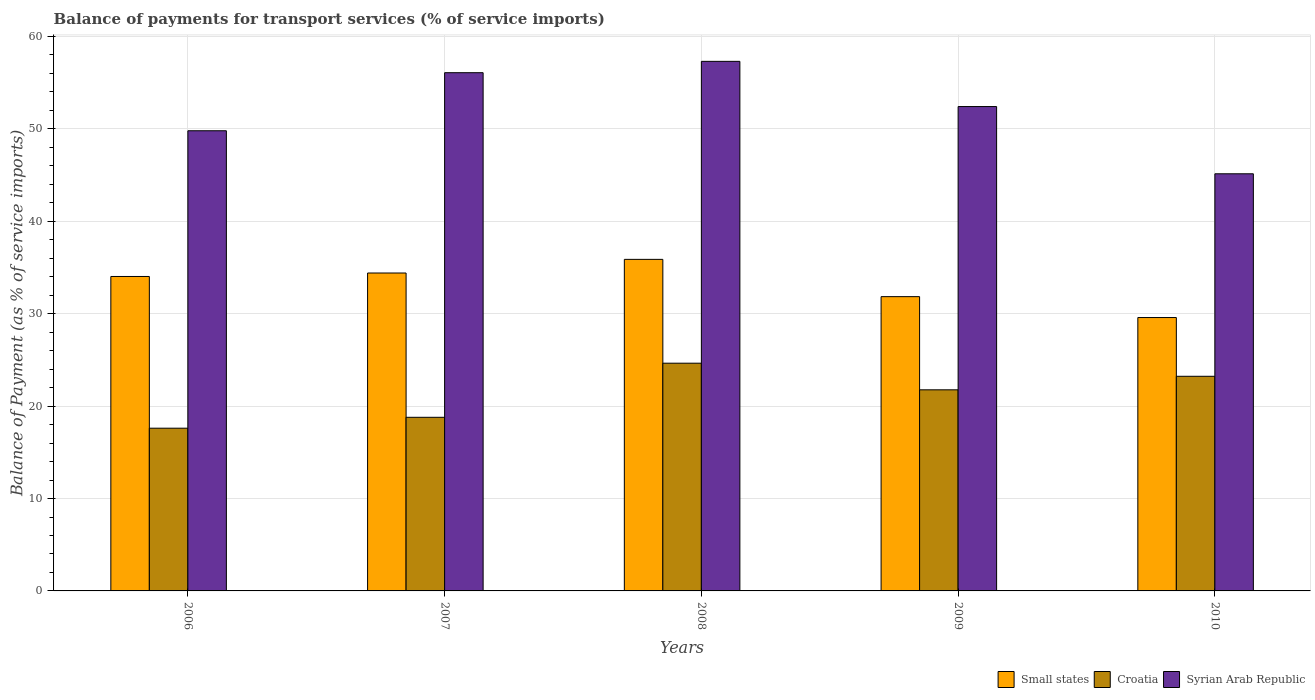
| Years | Small states | Croatia | Syrian Arab Republic |
 | --- | --- | --- | --- |
 | 2006 | 34 | 17.6 | 49.8 |
 | 2007 | 34.4 | 18.8 | 56.1 |
 | 2008 | 35.9 | 24.6 | 57.3 |
 | 2009 | 31.8 | 21.8 | 52.4 |
 | 2010 | 29.6 | 23.2 | 45.1 |